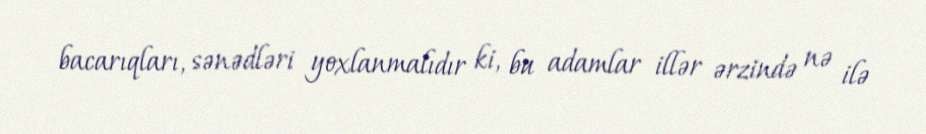
bacarıqları, sənədləri yoxlanmalıdır ki, bu adamlar illər ərzində nə ilə